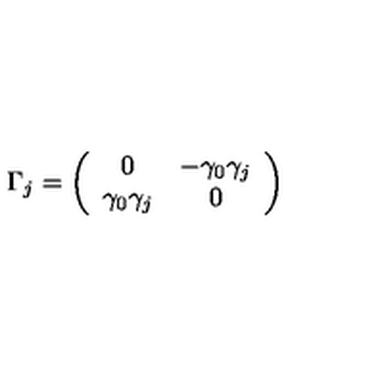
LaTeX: \Gamma _ { j } = \left( \begin{array} { c c } { 0 } & { - \gamma _ { 0 } \gamma _ { j } } \\ { \gamma _ { 0 } \gamma _ { j } } & { 0 } \\ \end{array} \right)